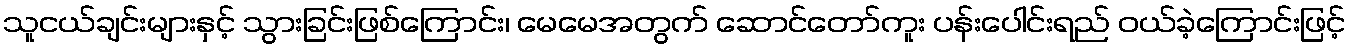
သူငယ်ချင်းများနှင့် သွားခြင်းဖြစ်ကြောင်း၊ မေမေအတွက် ဆောင်တော်ကူး ပန်းပေါင်းရည် ဝယ်ခဲ့ကြောင်းဖြင့်